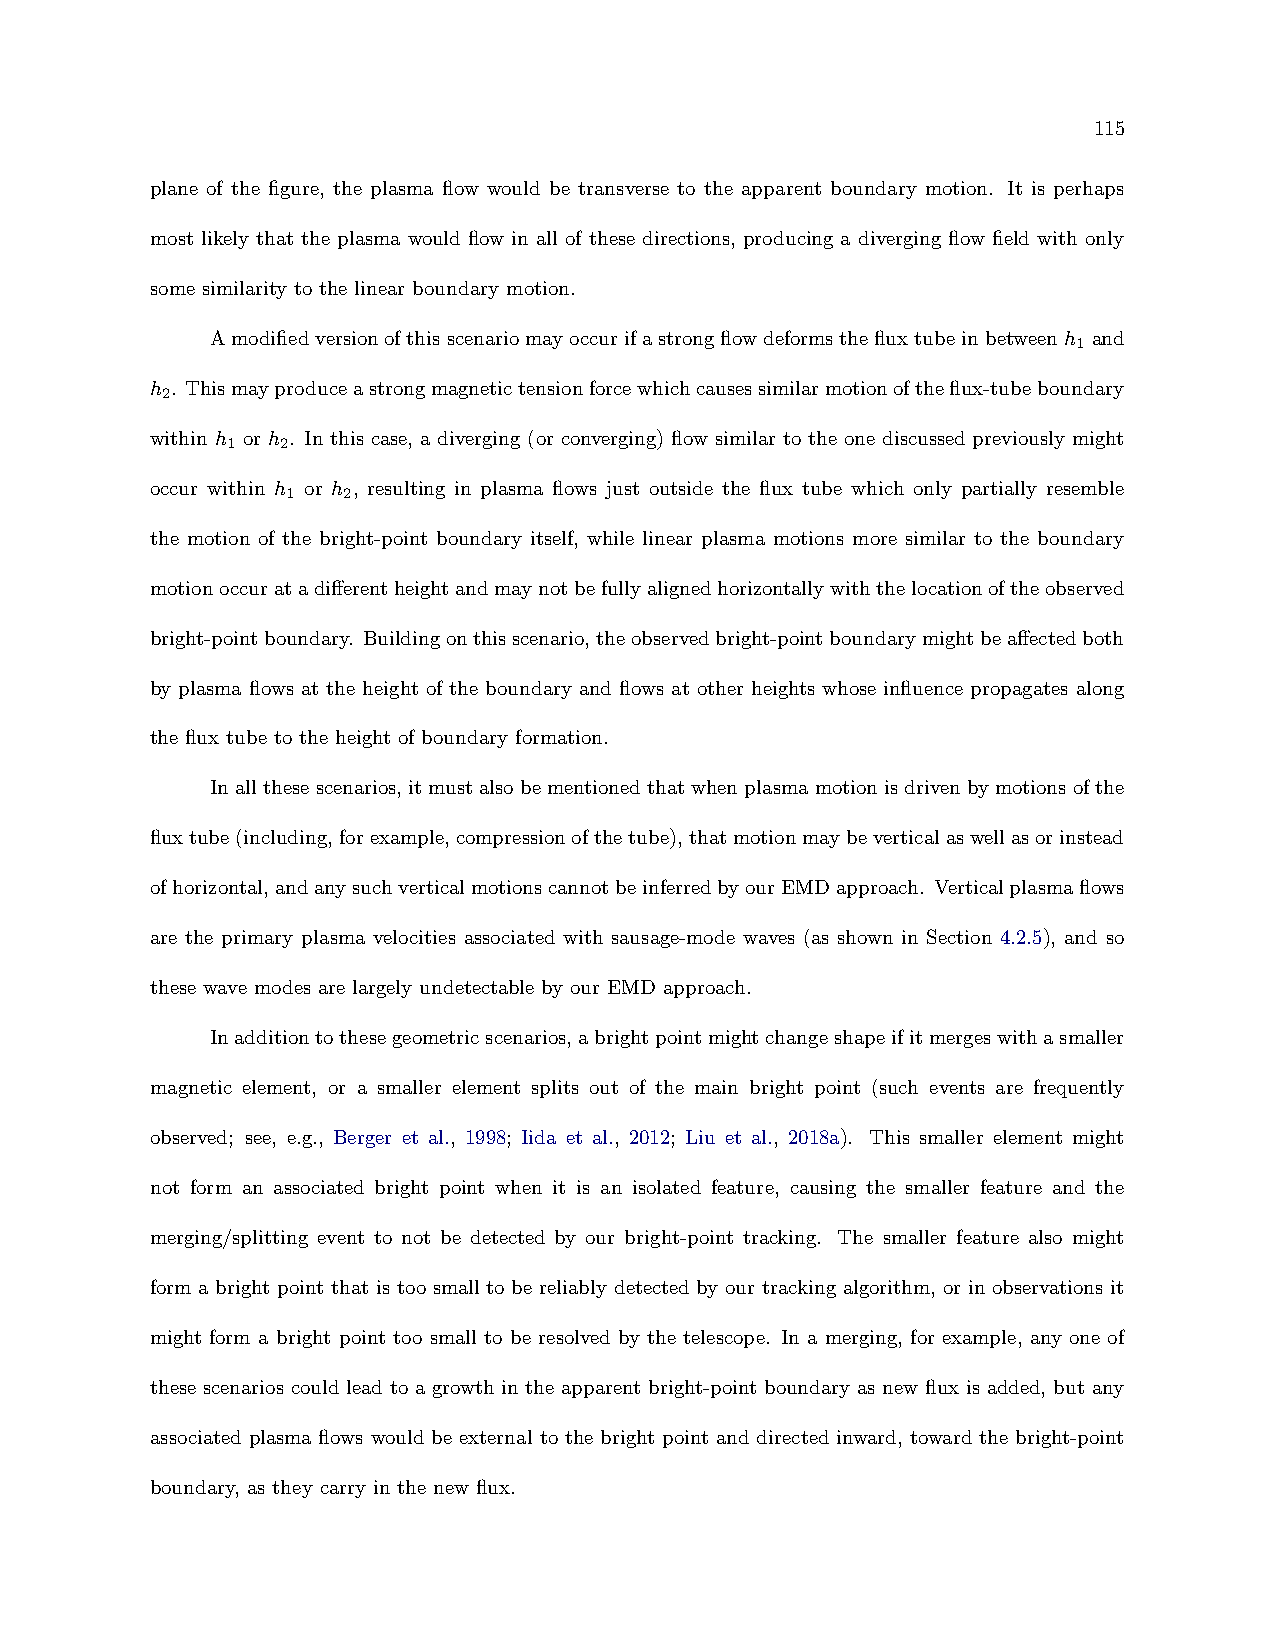
115
 plane of the figure, the plasma flow would be transverse to the apparent boundary motion. It is perhaps
 most likely that the plasma would flow in all of these directions, producing a diverging flow field with only
 some similarity to the linear boundary motion.
 Amodifiedversionofthisscenariomayoccurifastrongflowdeformsthefluxtubeinbetweenh and
 1
 h . Thismayproduceastrongmagnetictensionforcewhichcausessimilarmotionoftheflux-tubeboundary
 2
 within h or h . In this case, a diverging (or converging) flow similar to the one discussed previously might
 1   2
 occur within h or h , resulting in plasma flows just outside the flux tube which only partially resemble
 1   2
 the motion of the bright-point boundary itself, while linear plasma motions more similar to the boundary
 motionoccuratadifferentheightandmaynotbefullyalignedhorizontallywiththelocationoftheobserved
 bright-pointboundary. Buildingonthisscenario,theobservedbright-pointboundarymightbeaffectedboth
 by plasma flows at the height of the boundary and flows at other heights whose influence propagates along
 the flux tube to the height of boundary formation.
 Inallthesescenarios, itmustalsobementionedthatwhenplasmamotionisdrivenbymotionsofthe
 fluxtube(including,forexample,compressionofthetube),thatmotionmaybeverticalaswellasorinstead
 ofhorizontal,andanysuchverticalmotionscannotbeinferredbyourEMDapproach. Verticalplasmaflows
 are the primary plasma velocities associated with sausage-mode waves (as shown in Section 4.2.5), and so
 these wave modes are largely undetectable by our EMD approach.
 Inadditiontothesegeometricscenarios,abrightpointmightchangeshapeifitmergeswithasmaller
 magnetic element, or a smaller element splits out of the main bright point (such events are frequently
 observed; see, e.g., Berger et al., 1998; Iida et al., 2012; Liu et al., 2018a). This smaller element might
 not form an associated bright point when it is an isolated feature, causing the smaller feature and the
 merging/splitting event to not be detected by our bright-point tracking. The smaller feature also might
 form a bright point that is too small to be reliably detected by our tracking algorithm, or in observations it
 might form a bright point too small to be resolved by the telescope. In a merging, for example, any one of
 these scenarios could lead to a growth in the apparent bright-point boundary as new flux is added, but any
 associated plasma flows would be external to the bright point and directed inward, toward the bright-point
 boundary, as they carry in the new flux.